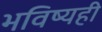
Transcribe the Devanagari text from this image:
भविष्यही